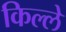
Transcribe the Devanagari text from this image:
किल्‍ले